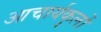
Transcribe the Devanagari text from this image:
आचार्यकुलों